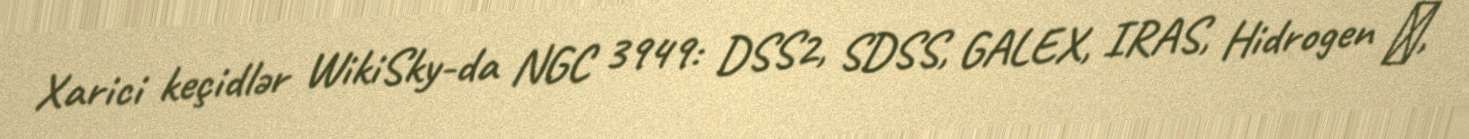
Xarici keçidlər WikiSky-da NGC 3949: DSS2, SDSS, GALEX, IRAS, Hidrogen α,